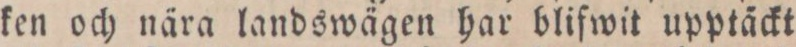
ken och nära landswägen har blifwit upptäckt